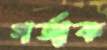
গর্জাক